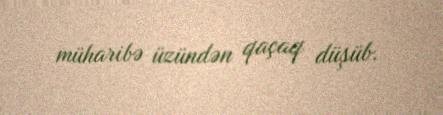
müharibə üzündən qaçaq düşüb.